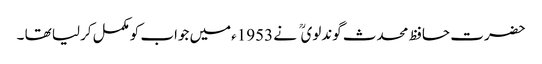
حضرت حافظ محدث گوندلوی نے 1953ءمیں جواب کومکمل کرلیا تھا ۔